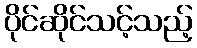
ပိုင်ဆိုင်သင့်သည့်